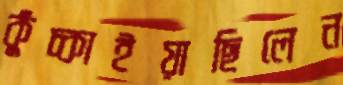
কুঁচ্‌কাইয়াছিলেন